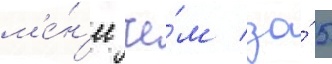
м'е́н'ее че́м за́ 5